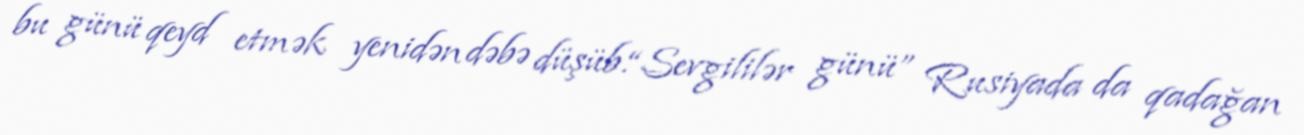
bu günü qeyd etmək yenidən dəbə düşüb.“Sevgililər günü” Rusiyada da qadağan